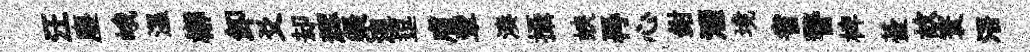
汪塵峨溫槨卸爻却辉粲湼逗膚輩湊攝蛺再心鉗酒境省警椑䑓故寰浯